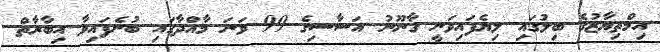
އިމްތިޔާޒުގެ ބިލުގައި ލިޔެފައިވަނީ ގާނޫނު އަސާސިގެ 99 ވަނަ މާއްދާގައި ބުނެފައިވާ އިބާރާތް